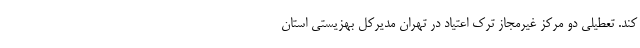
کند. تعطیلی دو مرکز غیرمجاز ترک اعتیاد در تهران مدیرکل بهزیستی استان